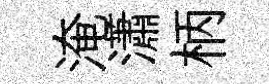
淹瀟柄